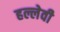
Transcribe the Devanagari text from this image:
हल्लेवी